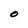
Character: O